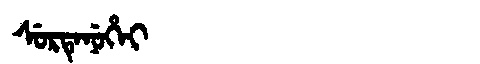
Manchu: ᠰᡠᡵᡨᡝᠨᡠᡥᡝᡳ
Romanization: SURTENUHEI